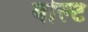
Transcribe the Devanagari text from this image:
बोल्‍ट